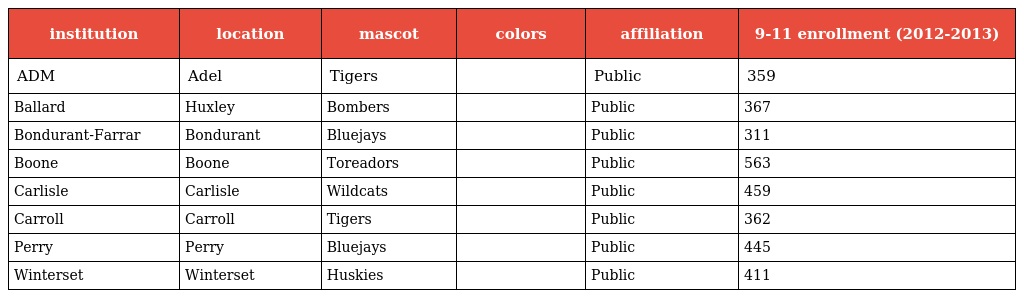
| institution | location | mascot | colors | affiliation | 9-11 enrollment (2012-2013) |
 | --- | --- | --- | --- | --- | --- |
 | ADM | Adel | Tigers |  | Public | 359 |
 | Ballard | Huxley | Bombers |  | Public | 367 |
 | Bondurant-Farrar | Bondurant | Bluejays |  | Public | 311 |
 | Boone | Boone | Toreadors |  | Public | 563 |
 | Carlisle | Carlisle | Wildcats |  | Public | 459 |
 | Carroll | Carroll | Tigers |  | Public | 362 |
 | Perry | Perry | Bluejays |  | Public | 445 |
 | Winterset | Winterset | Huskies |  | Public | 411 |